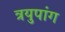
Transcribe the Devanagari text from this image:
त्रयुपांग